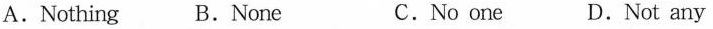
A.Nothing B.None C.No one D.Not any